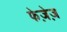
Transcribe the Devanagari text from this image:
फेज़ेज़